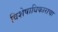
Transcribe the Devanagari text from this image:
विशेषाधिकाराचा